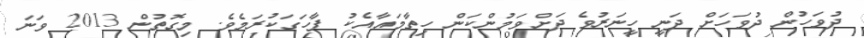
ދުވަހުން ދުވަހަށް ދަނީ ހީނަރުވެ ދަށްވަމުންކަން ހިތާމައާއެކު ފާހަގަކުރަމެވެ. މިގޮތުން 2013 ވަނަ